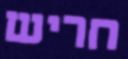
חריש